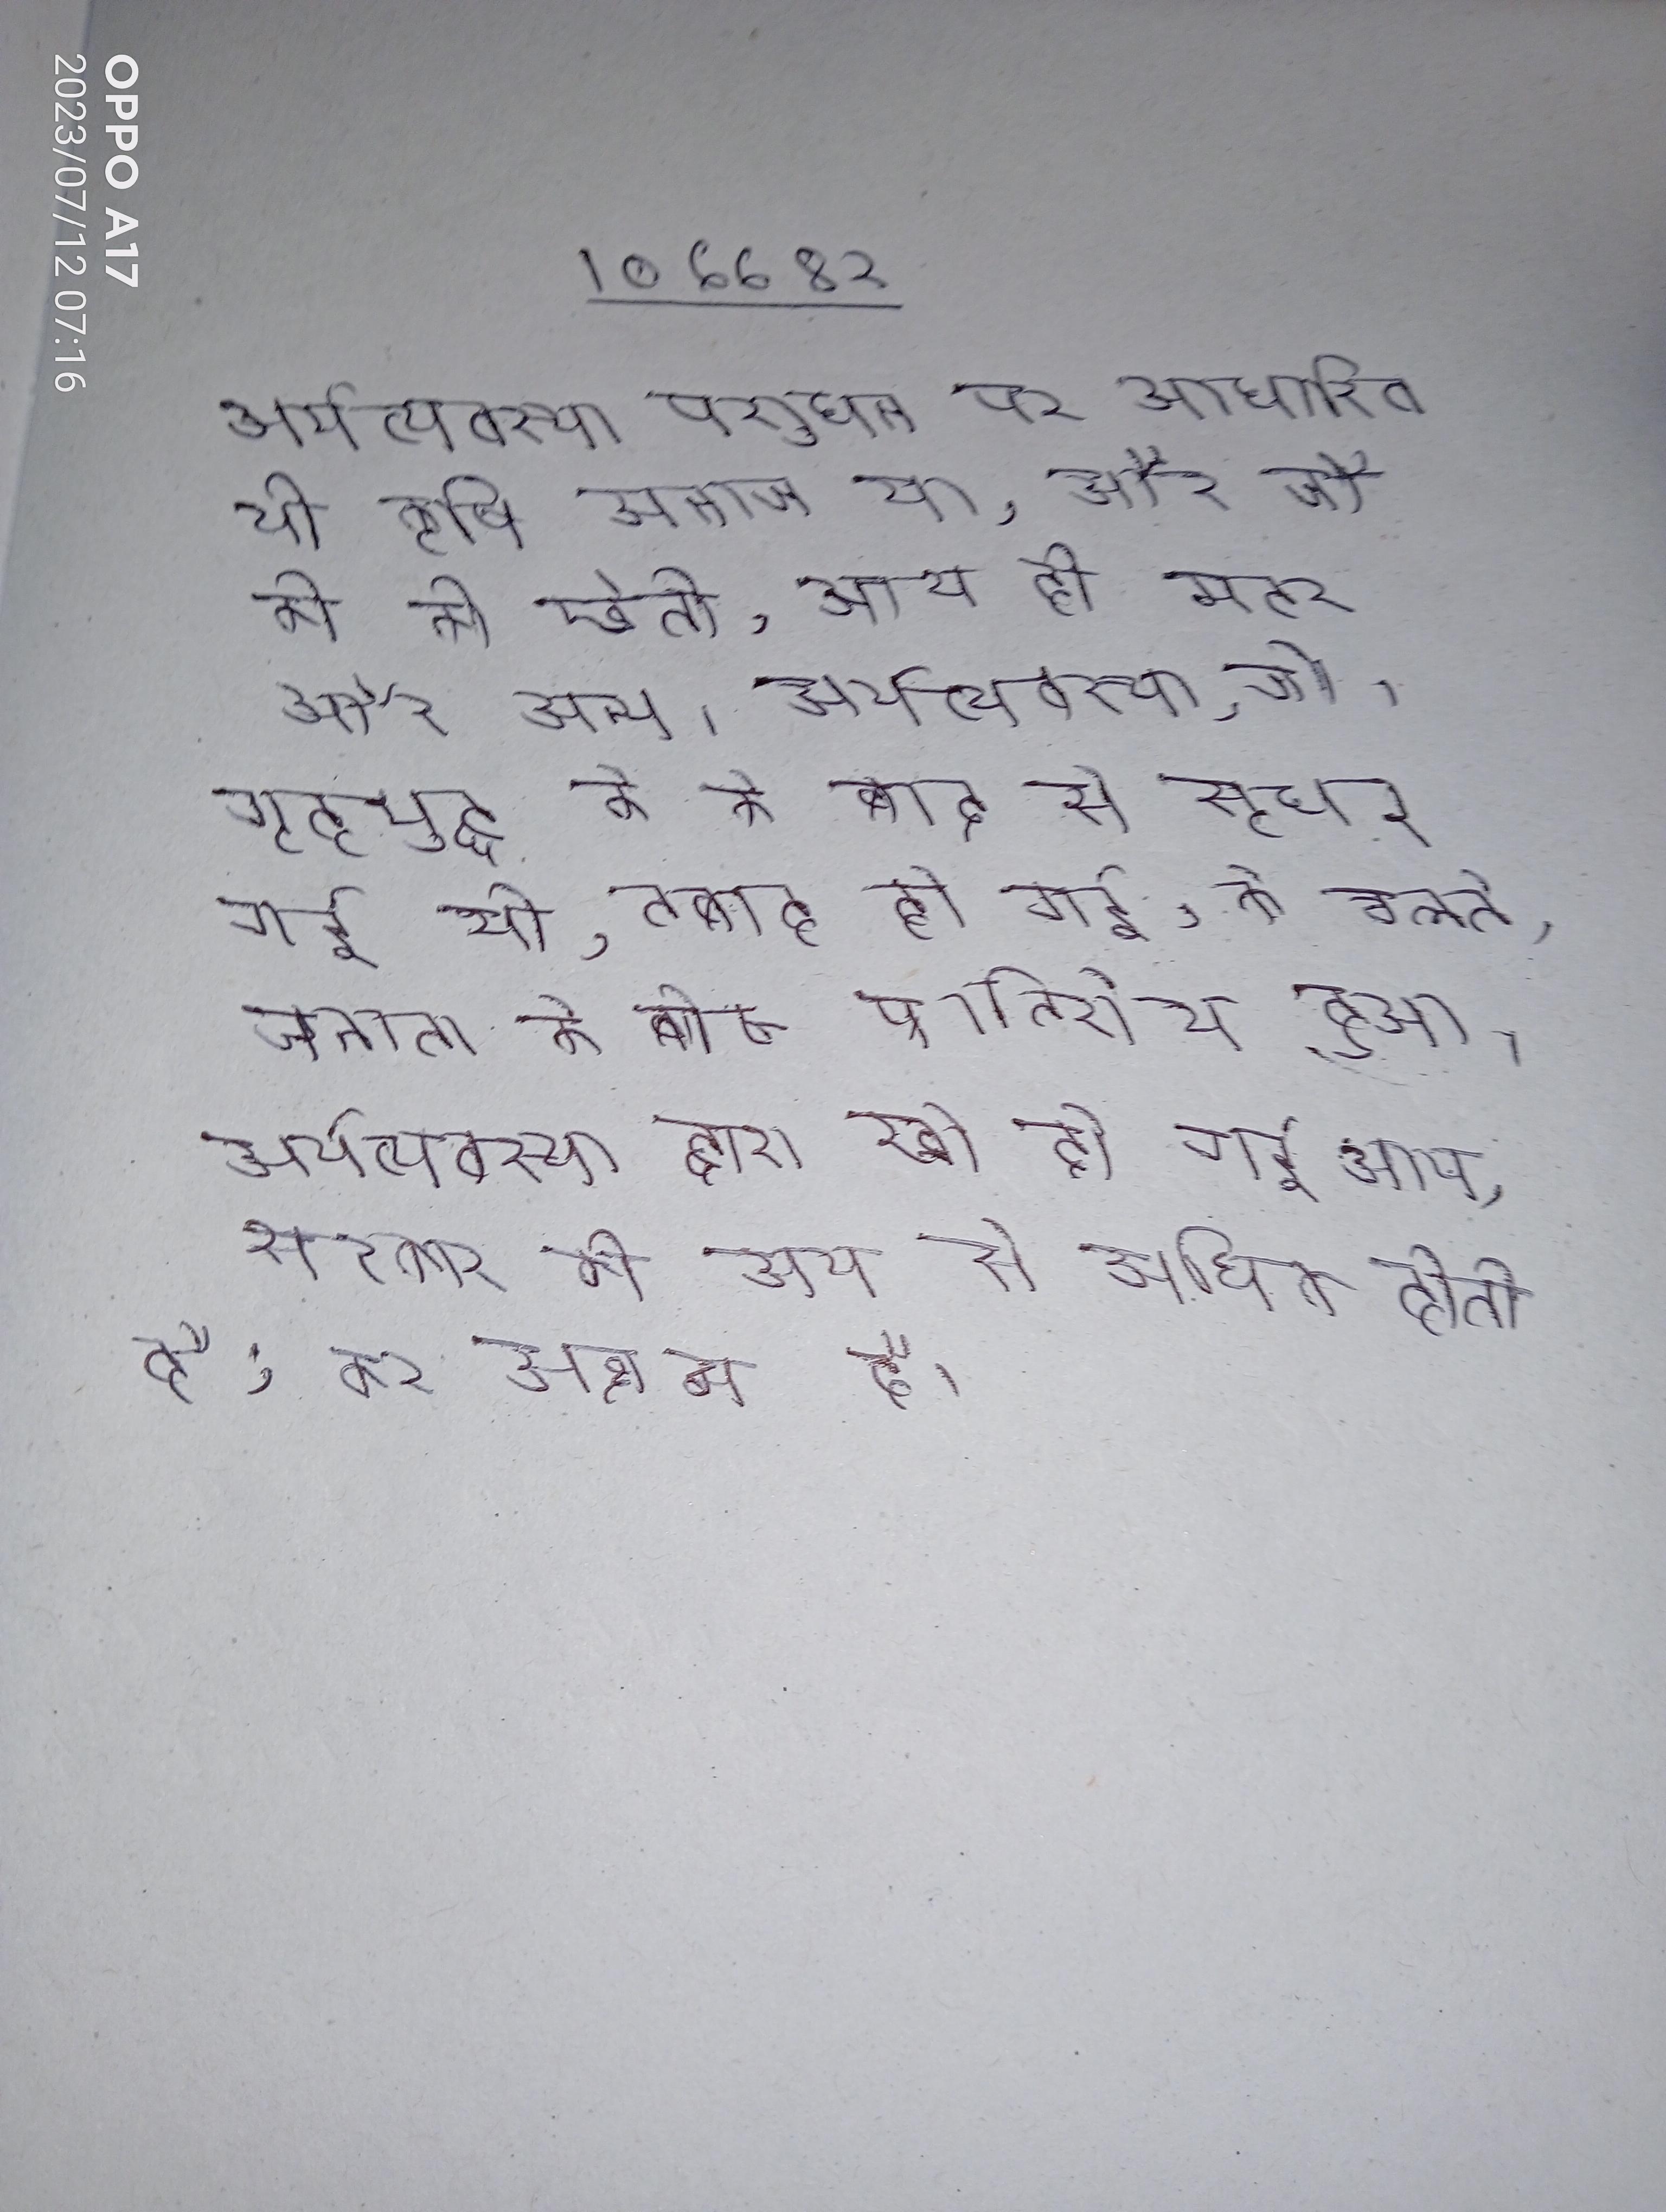
अर्थव्यवस्था पशुधन पर आधारित थी कृषि अनाज था, और जौ की की खेती, साथ ही मटर और अन्य । अर्थव्यवस्था, जो गृहयुद्ध के के बाद से सुधर गई थी, तबाह हो गई, के चलते, जनता के बीच प्रतिरोध हुआ । अर्थव्यवस्था द्वारा खो दी गई आय, सरकार की आय से अधिक होती है; कर अक्षम है ।